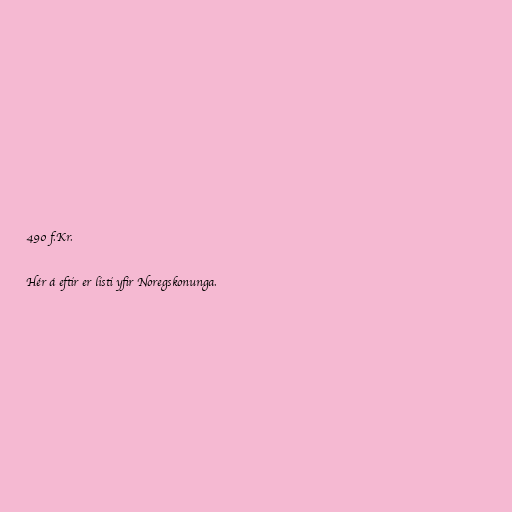
490 f.Kr.

Hér á eftir er listi yfir Noregskonunga.